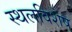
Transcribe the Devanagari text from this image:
स्थलविशेष